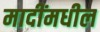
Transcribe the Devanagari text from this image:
मादींमधील